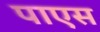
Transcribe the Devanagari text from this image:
पाएस